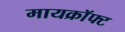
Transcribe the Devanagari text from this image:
मायक्राॅफ्ट